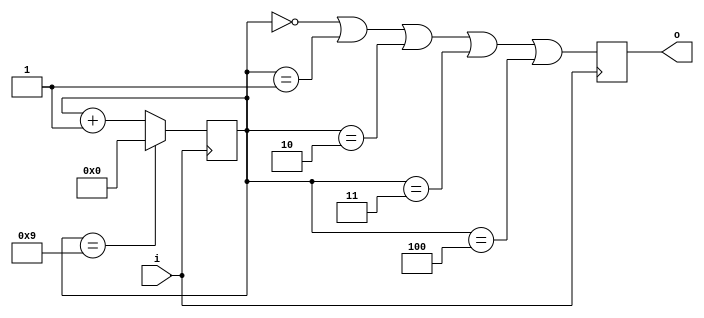
module d10
  (
   input wire i,
   output wire o
   );

   wire osig;
   reg [3:0]   c;
   reg oreg;
   
   initial begin
     c= 4'd0;
     oreg= 0;
   end

   wire last;
   assign last= c==4'd9;
   
   always @(posedge i)
     begin
	if (last)
	  c<= 0;
	else
	  c<= c+1;
     end
   
   always @(posedge i)
     oreg<= osig;
     
   assign osig= (c==0) || (c==1) || (c==2) || (c==3) || (c==4)
/*
	     ((~c[3] & ~c[2]) & (~c[1] & ~c[0])) |
	     ((~c[3] & ~c[2]) & (~c[1] &  c[0])) |
             ((~c[3] & ~c[2]) & ( c[1] & ~c[0])) |
             ((~c[3] & ~c[2]) & ( c[1] &  c[0])) |
             ((~c[3] &  c[2]) & (~c[1] & ~c[0]))
             */
        ;
   
   assign o= oreg;
   
endmodule // div10

module d2
  (
   input wire i,
   output reg o
   );
   
   initial
     o= 0;
   
   always @(posedge i)
     o<= ~o;
   
endmodule

module d5
  (
   input wire i,
   output wire o
  );

  wire osig;  
  reg [2:0] c;
  reg oreg;
  
  initial begin
    c= 3'd0;
    oreg= 0;
  end
  
  wire last;
  assign last= c==3'd4; 
  always @(posedge i)
    if (last)
      c<= 0;
    else
      c<= c+1;
      
  always @(posedge i)
    oreg<= osig;
    
  assign osig= (c==0) || (c==1) || (c==2)
	   //(~c[2] & ~c[1] & ~c[0]) |
           //(~c[2] & ~c[1] &  c[0]) |
           //(~c[2] &  c[1] & ~c[0])
             ;
  assign o= oreg;
            
endmodule

module clk_gen
  (
   input wire  f100MHz,
   output wire f50MHz,
   output wire f25MHz,
   output wire f20MHz,
   output wire f10MHz,
   output wire f1MHz,
   output wire f100kHz,
   output wire f10kHz,
   output wire f1kHz,
   output wire f100Hz,
   output wire f10Hz,
   output wire f1Hz
   );
    
   d2  i100_50 (.i(f100MHz), .o(f50MHz));
   d2  i50_25  (.i(f50MHz),  .o(f25MHz));
   d5  i100_20 (.i(f100MHz), .o(f20MHz));
   d10 i100_10 (.i(f100MHz), .o(f10MHz));
   d10 i10_1   (.i(f10MHz),  .o(f1MHz));
   d10 i4    (.i(f1MHz),   .o(f100kHz));
   d10 i5    (.i(f100kHz), .o(f10kHz));
   d10 i6    (.i(f10kHz),  .o(f1kHz));
   d10 i7    (.i(f1kHz),   .o(f100Hz));
   d10 i8    (.i(f100Hz),  .o(f10Hz));
   d10 i9    (.i(f10Hz),   .o(f1Hz));
   
endmodule // clk_gen